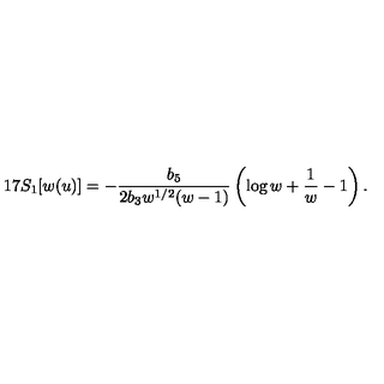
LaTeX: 1 7 S _ { 1 } [ w ( u ) ] = - \frac { b _ { 5 } } { 2 b _ { 3 } w ^ { 1 / 2 } ( w - 1 ) } \left( \log w + \frac { 1 } { w } - 1 \right) .